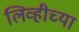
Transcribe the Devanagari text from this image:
लिव्हीच्या